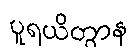
ပူရယိတွာန